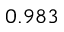
0 . 9 8 3